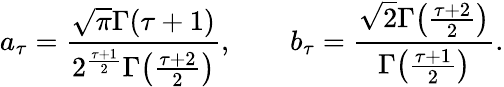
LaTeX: a_{\tau}={\frac{\sqrt{\pi}\Gamma(\tau+1)}{2^{\frac{\tau+1}{2}}\Gamma\! \left({\frac{\tau+2}{2}}\right)}},\qquad b_{\tau}={\frac{\sqrt{2}\Gamma\! \left({\frac{\tau+2}{2}}\right)}{\Gamma\! \left({\frac{\tau+1}{2}}\right)}}.